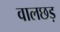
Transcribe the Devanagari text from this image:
वालछड़